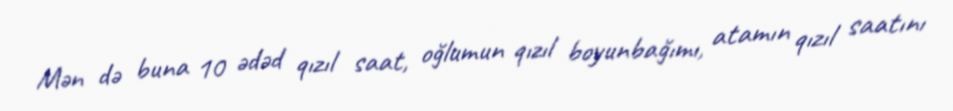
Mən də buna 10 ədəd qızıl saat, oğlumun qızıl boyunbağımı, atamın qızıl saatını